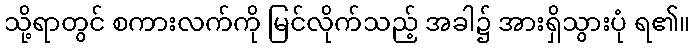
သို့ရာတွင် စကားလက်ကို မြင်လိုက်သည့် အခါ၌ အားရှိသွားပုံ ရ၏။